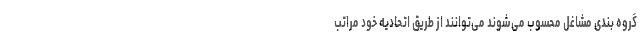
گروه بندی مشاغل محسوب می‌شوند می‌توانند از طریق اتحادیه خود مراتب